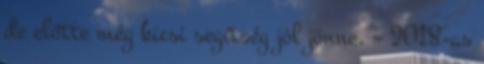
de előtte még kicsi segítség jól jönne. – 2018-as